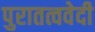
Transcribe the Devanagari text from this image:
पुरातत्ववेदी